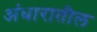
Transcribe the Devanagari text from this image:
अंधारातील